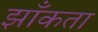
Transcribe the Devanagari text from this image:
झाँकता